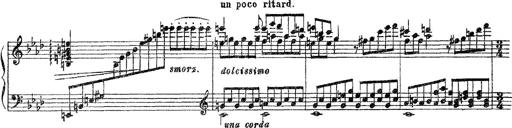
Title: 3 sonetti di Petrarca
Composer: Franz Liszt